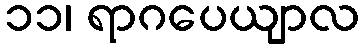
၁၁၊ ရာဂပေယျာလ